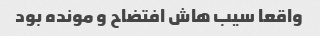
واقعا سیب هاش افتضاح و مونده بود